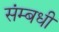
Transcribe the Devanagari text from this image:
संम्बधी